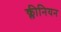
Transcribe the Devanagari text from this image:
क्लीनियन